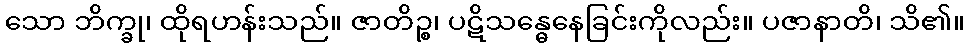
သော ဘိက္ခု၊ ထိုရဟန်းသည်။ ဇာတိဉ္စ၊ ပဋိသန္ဓေနေခြင်းကိုလည်း။ ပဇာနာတိ၊ သိ၏။